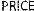
PRICE